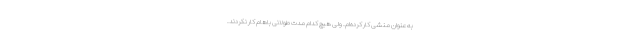
به‌عنوان منشی کار کرده‌ام. ولی هیچ کدام مدت طولانی باهام کار نکردند.